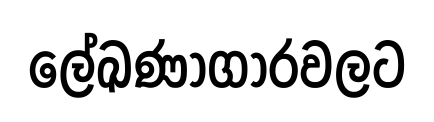
ලේඛණාගාරවලට